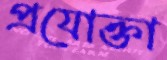
প্রযোক্তা